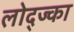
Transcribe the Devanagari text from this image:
लोद्ज्का